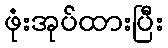
ဖုံးအုပ်ထားပြီး